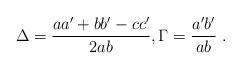
LaTeX: \begin{align*}\Delta =\frac{aa^{\prime }+bb^{\prime }-cc^{\prime }}{2ab},\Gamma =\frac{a^{\prime }b^{\prime }}{ab}\;. \end{align*}